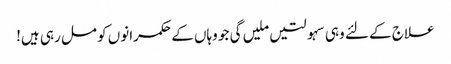
علاج کے لئے وہی سہولتیں ملیں گی جو وہاں کے حکمرانوں کو مل رہی ہیں!